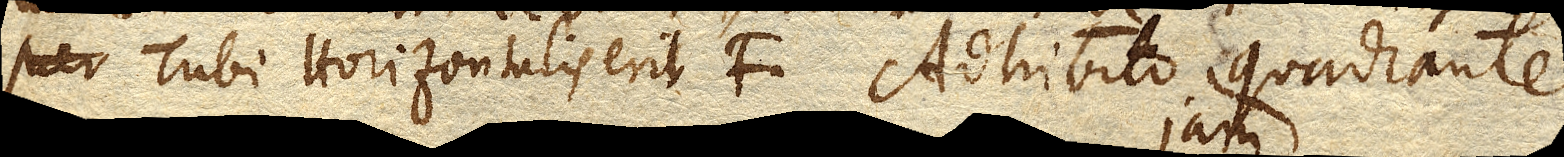
Tubi Horizontalis erit f. Adhibito quadrante